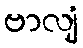
ဗာလျံ